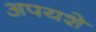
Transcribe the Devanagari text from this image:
अपयशे